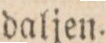
daljen.